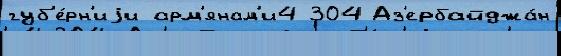
губ'е́рн'иjи арм'янам'и4 304 Аз'ербайджа́н